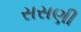
સસણી